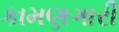
કામણગારી